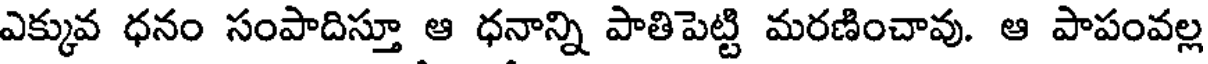
ఎక్కువ ధనం సంపాదిస్తూ ఆ ధనాన్ని పాతిపెట్టి మరణించావు. ఆ పాపంవల్ల